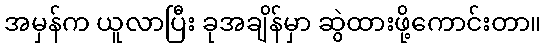
အမှန်က ယူလာပြီး ခုအချိန်မှာ ဆွဲထားဖို့ကောင်းတာ။